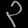
Digit: ၃